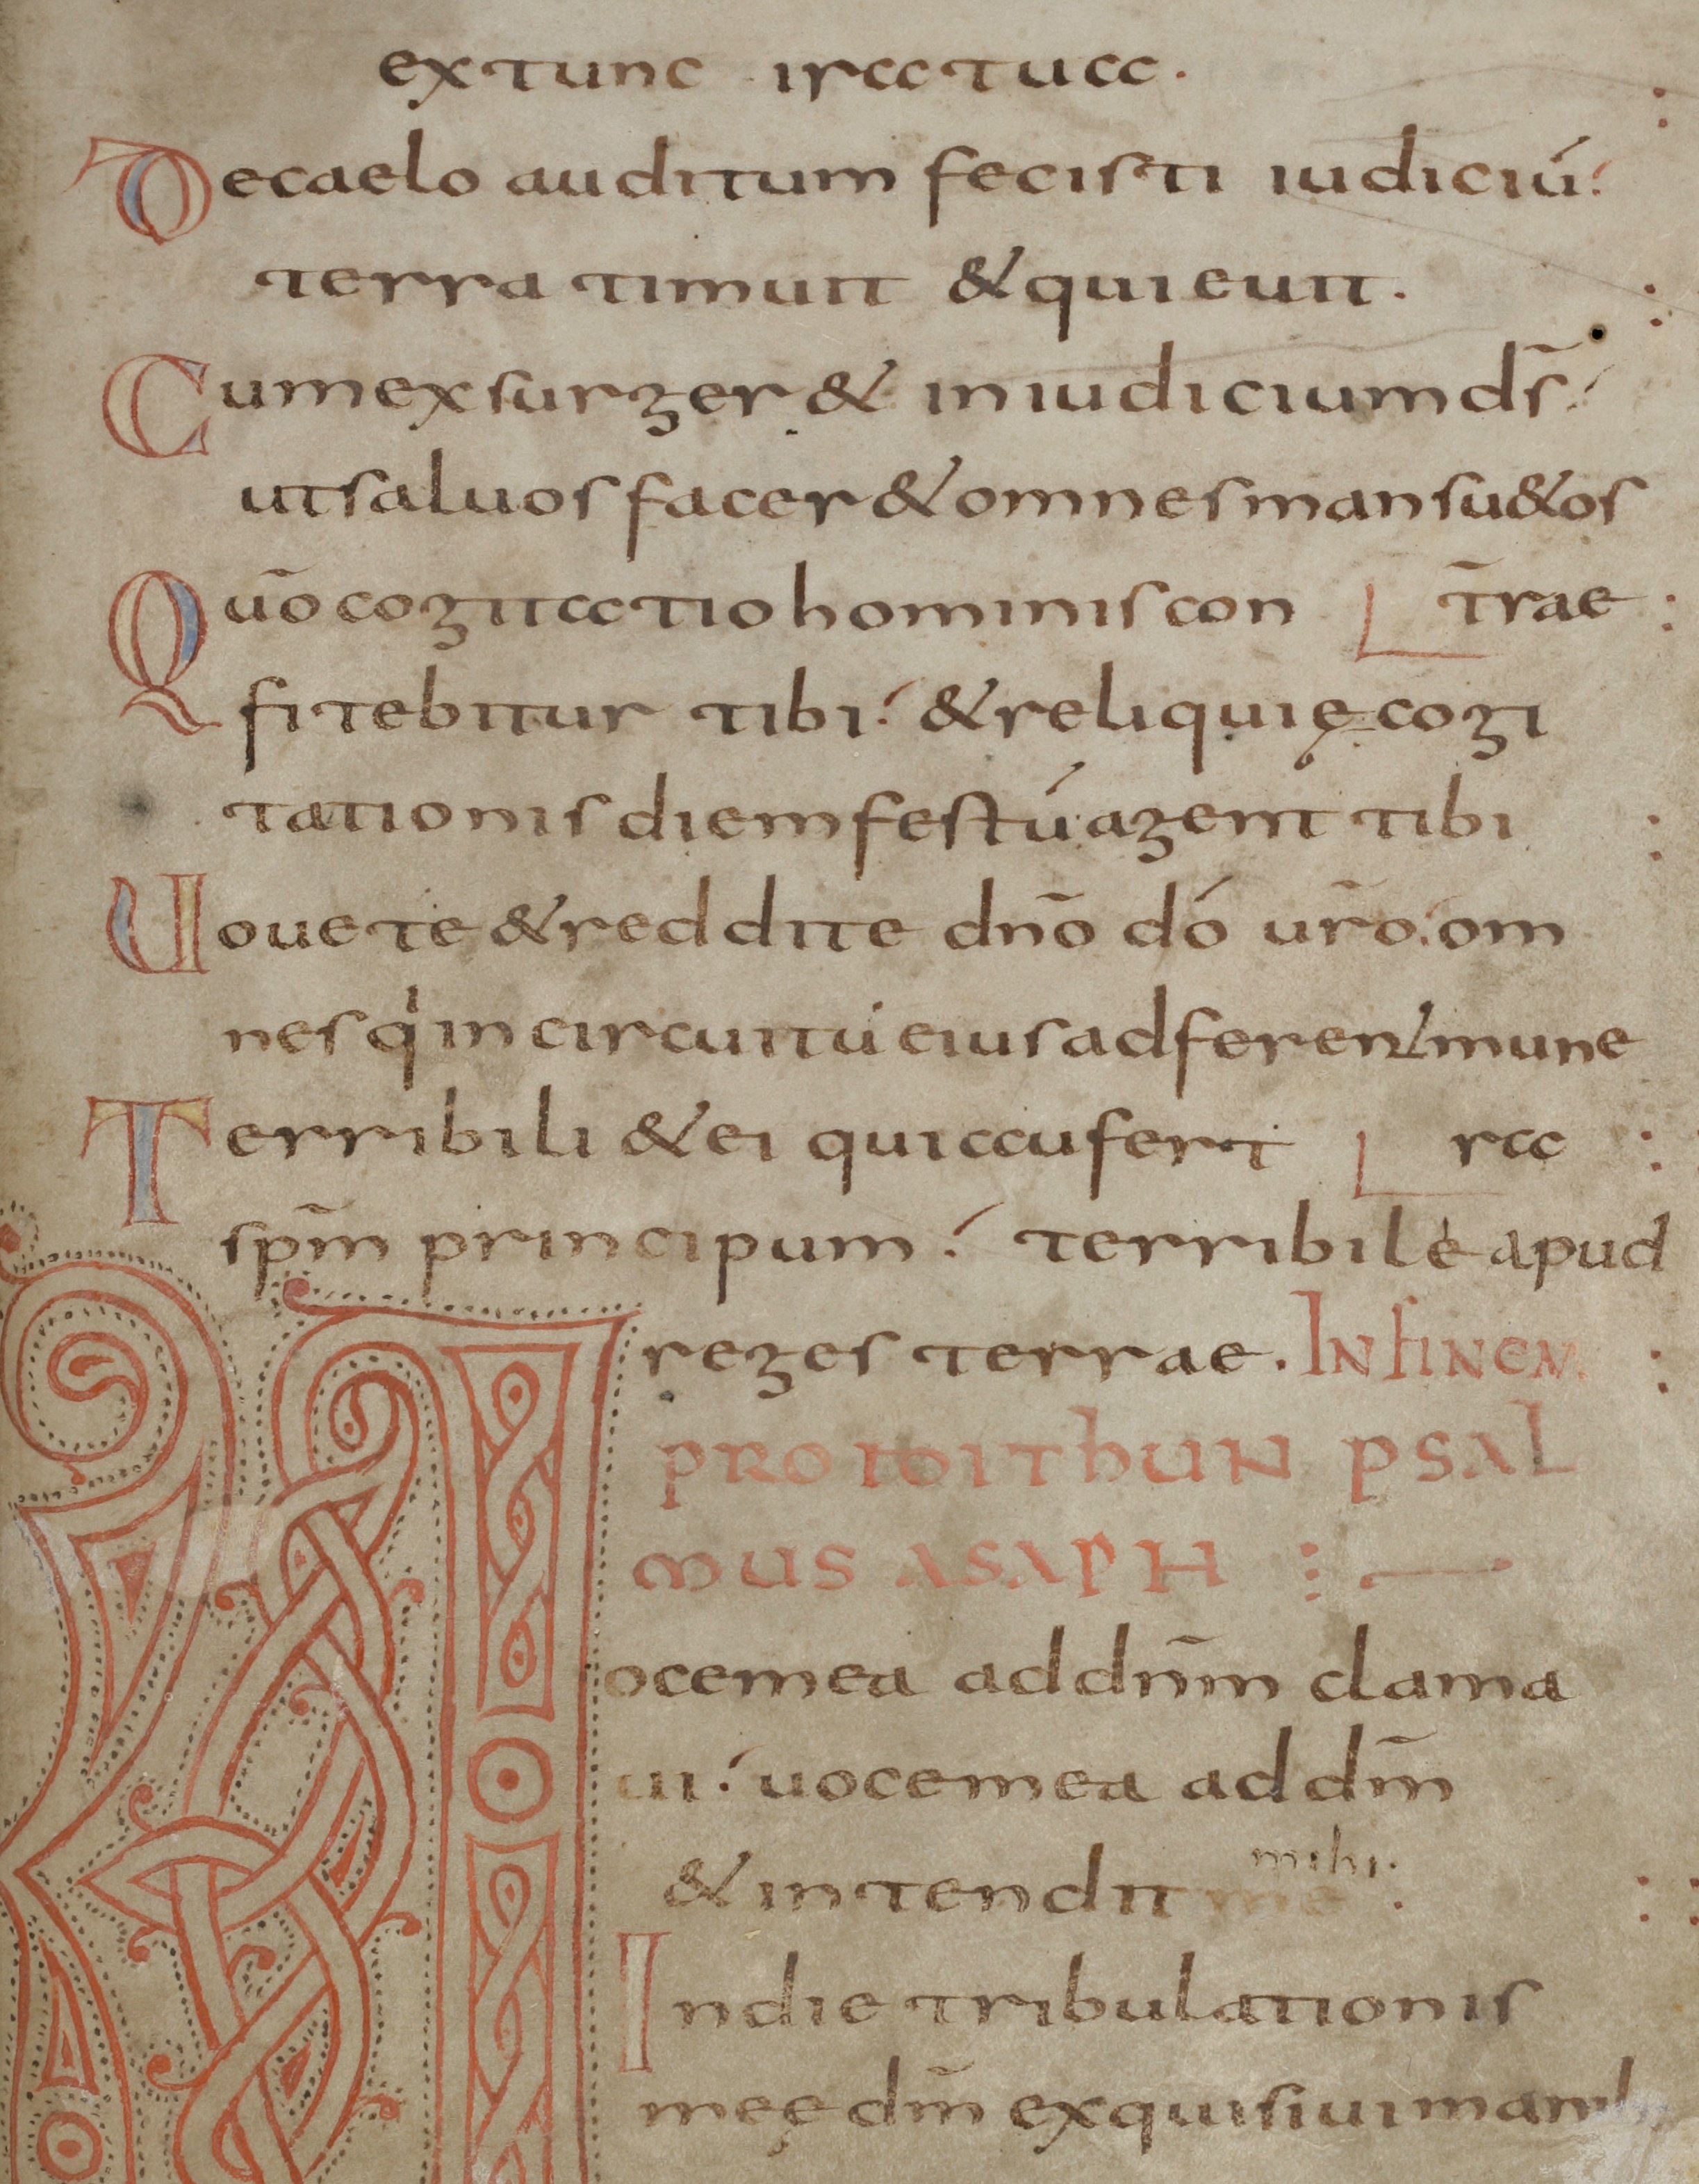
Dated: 800–845